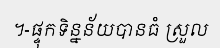
។-ផ្ទុកទិន្នន័យបានធំ ស្រួល